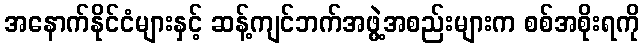
အနောက်နိုင်ငံများနှင့် ဆန့်ကျင်ဘက်အဖွဲ့အစည်းများက စစ်အစိုးရကို